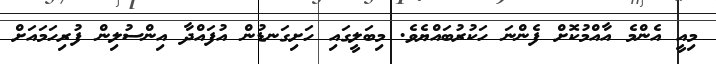
މިއީ އެންމެ އާއްމުކޮށް ފެންނަ ހަކުރުބައްޔެވެ. މިބަލީގައި ހަށިގަނޑުން އުފައްދާ އިންސުލިން ފުރިހަމައަށް